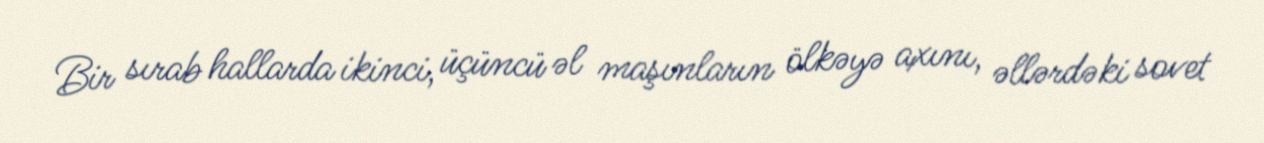
Bir sırab hallarda ikinci, üçüncü əl maşınların ölkəyə axını, əllərdəki sovet